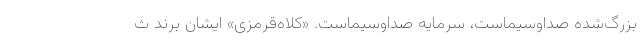
بزرگ‌شده صداوسیماست، سرمایه صداوسیماست. «کلاه‌قرمزی» ایشان برند ث